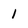
Character: l